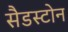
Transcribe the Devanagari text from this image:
सैडस्टोन